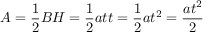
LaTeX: A = { \frac { 1 } { 2 } } B H = { \frac { 1 } { 2 } } a t t = { \frac { 1 } { 2 } } a t ^ { 2 } = { \frac { a t ^ { 2 } } { 2 } }